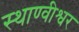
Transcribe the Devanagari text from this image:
स्थाण्वीश्वर